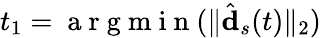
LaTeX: t_{1}=\mathrm{~a~r~g~m~i~n~}(\| \hat{\mathbf{d}}_{s}(t)\| _{2})